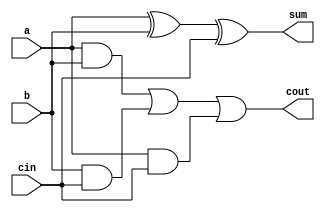
//////////////////////////////////////////////////////////////////////////////////
// Company: 
// Engineer: 
// 
// Design Name: 
// Module Name: fa
// Project Name: 
// Target Devices: 
// Tool Versions: 
// Description: 
// 
// Dependencies: 
// 
// Revision:
// Revision 0.01 - File Created
// Additional Comments:
// 
//////////////////////////////////////////////////////////////////////////////////


module fa(
    input a,
    input b,
    input cin,
    output sum,
    output cout
    );
    
    assign sum = a ^ b ^ cin;
    assign cout = (a & b) | (b & cin) | (a & cin);
    
endmodule